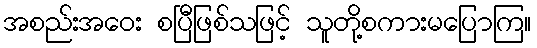
အစည်းအဝေး စပြီဖြစ်သဖြင့် သူတို့စကားမပြောကြ။